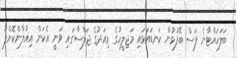
ބަލަހައްޓާނެ ފަސް ބޭފުޅުން ކަނޑައަޅައި މަޖިލީހުގެ މިއަދުގެ ޖަލްސާގައި ވަނީ އެކަން އިއުލާންކޮށްފަ